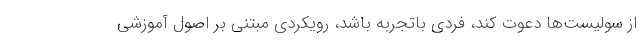
از سولیست‌ها دعوت کند، فردی باتجربه باشد، رویکردی مبتنی بر اصول آموزشی